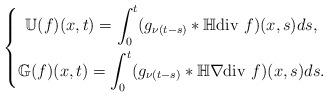
LaTeX: \begin{align*}\left \{\begin{gathered}\mathbb{U} (f) (x,t) = \int_0 ^t ( g_{\nu(t-s)} * \mathbb{H} \mathrm{div} \,\, f ) (x,s) ds, \\\mathbb{G} (f) (x,t) = \int_0 ^t ( g_{\nu(t-s)} * \mathbb{H} \nabla \mathrm{div} \,\, f ) (x,s) ds.\end{gathered} \right.\end{align*}